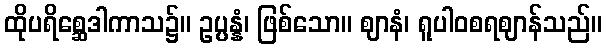
ထိုပရိစ္ဆေဒါကာသ၌။ ဥပ္ပန္နံ၊ ဖြစ်သော။ ဈာနံ၊ ရူပါဝစရဈာန်သည်။